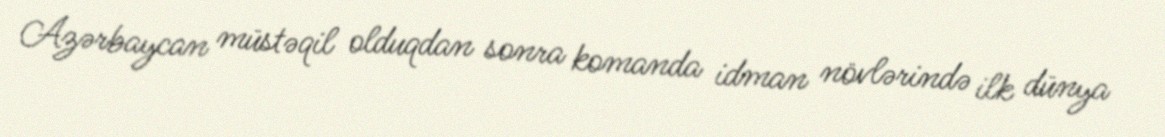
Azərbaycan müstəqil olduqdan sonra komanda idman növlərində ilk dünya